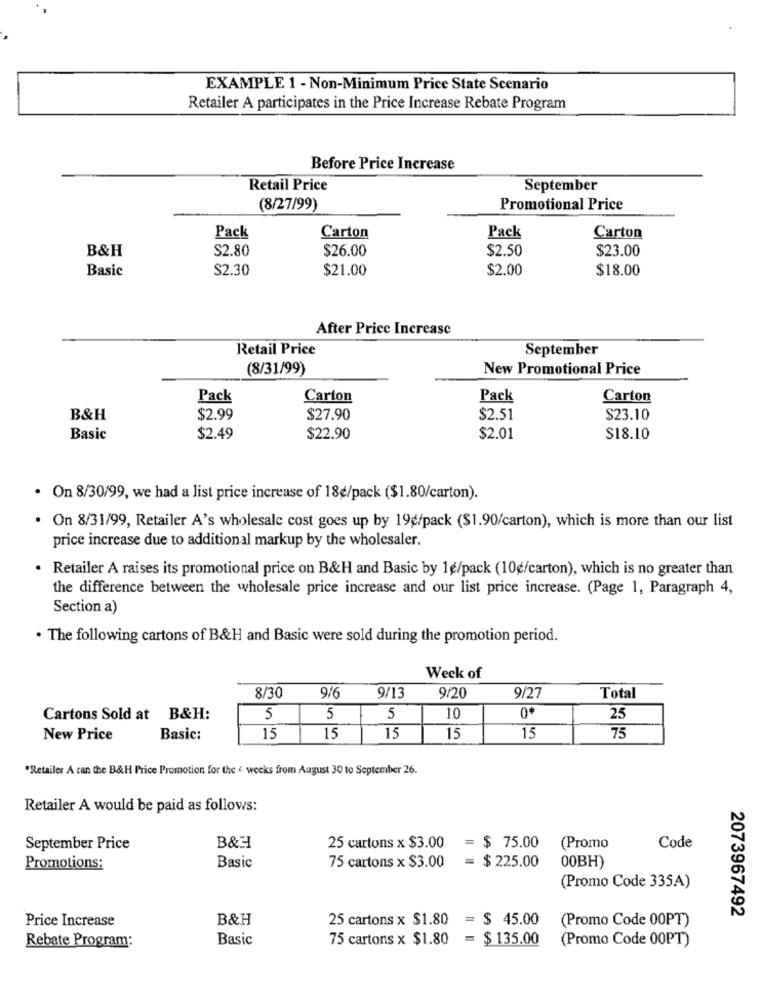
EXAMPLE 1 - Non-Minimum Price State Scenario
Retailer A participates in the Price Increase Rebate Program
Before Price Increase
Retail Price
September
(8/27/99)
Promotional Price
Pack
Carton
Pack
Carton
B&H
$2.80
$26.00
$2.50
$23.00
Basic
$2.30
$21.00
$2.00
$18.00
After Price Increase
Retail Price
September
(8/31/99)
New Promotional Price
Pack
Carton
Pack
Carton
B&H
$2.99
$27.90
$2.51
$23.10
Basic
$2.49
$22.90
$2.01
$18.10
· On 8/30/99, we had a list price increase of 18€/pack ($1.80/carton).
· On 8/31/99, Retailer A's wholesale cost goes up by 19g/pack ($1.90/carton), which is more than our list
price increase due to additional markup by the wholesaler.
· Retailer A raises its promotional price on B&H and Basic by 1g/pack (10g/carton), which is no greater than
the difference between the wholesale price increase and our list price increase. (Page 1, Paragraph 4,
Section a)
. The following cartons of B&H and Basic were sold during the promotion period.
Weck of
8/30
9/6
9/13
9/20
9/27
Total
Cartons Sold at B&H:
5
5
5
10
0*
25
New Price
Basic:
15
15
15
15
15
75
*Retailer A ran the B&H Price Promotion for the 4 weeks from August 30 to September 26.
Retailer A would be paid as follows:
September Price
B&H
25 cartons x $3.00
= $ 75.00
(Promo
Code
75 cartons x $3.00
= $ 225.00
00BH)
Promotions:
Basic
(Promo Code 335A)
2073967492
Price Increase
B&H
25 cartons x $1.80
= $ 45.00
(Promo Code 00PT)
Rebate Program:
Basic
75 cartons x $1.80
= $ 135.00
(Promo Code 00PT)